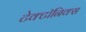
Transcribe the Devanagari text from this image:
टेक्टॉनिक्स